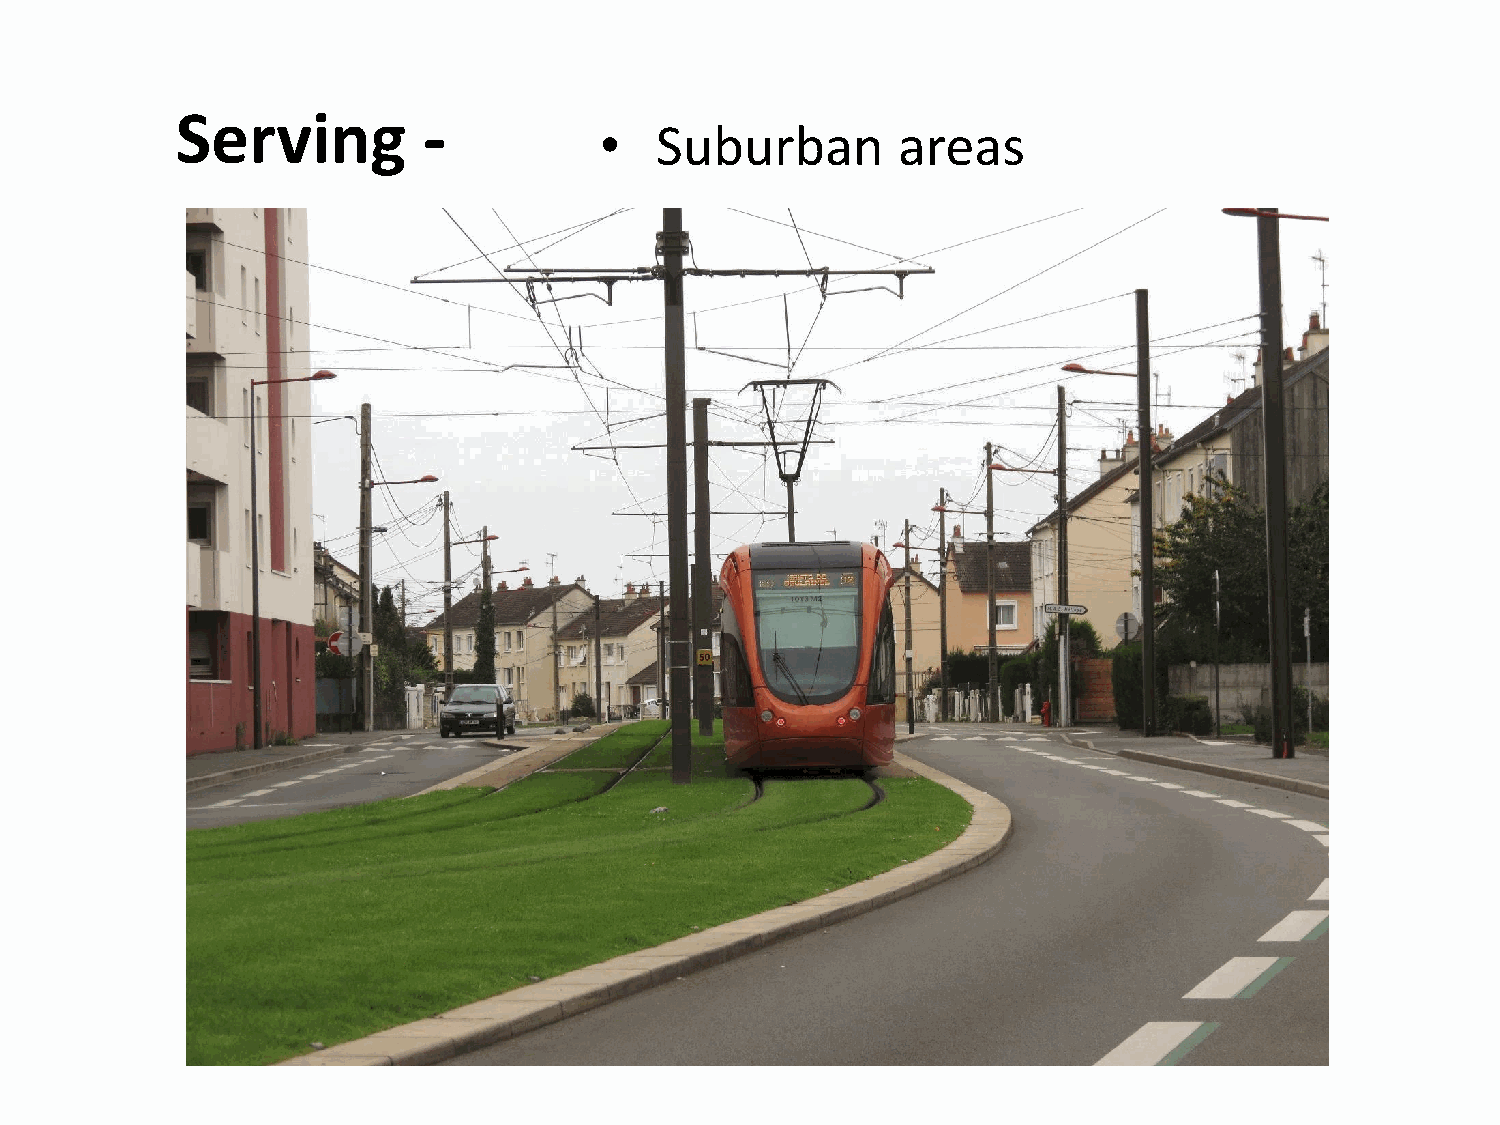
Serving         -
 •  Suburban        areas